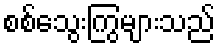
စစ်သွေးကြွများသည်